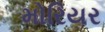
મોરિયર